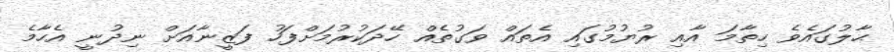
ޙާލުގައެވެ ހިތާމަ އާއި ރުޔުމުގައި އެތައް ވަގުތެއް ހޭދަކުރުމަށްފަހު ފަޒީނާއަށް ނިދުނީ އެހާމެ